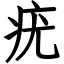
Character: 疣